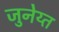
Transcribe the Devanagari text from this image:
जुनेय्त